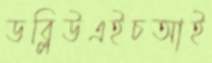
ডব্লিউএইচআই